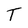
Character: T